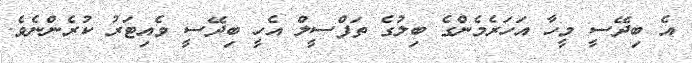
އެ ބިދޭސީ މީހާ އަހަރެމެންގެ ބިލުގެ ތަފްސީލް އެހީ ބިދޭސީ ވެއިޓަރު ކުރެންނެވެ.